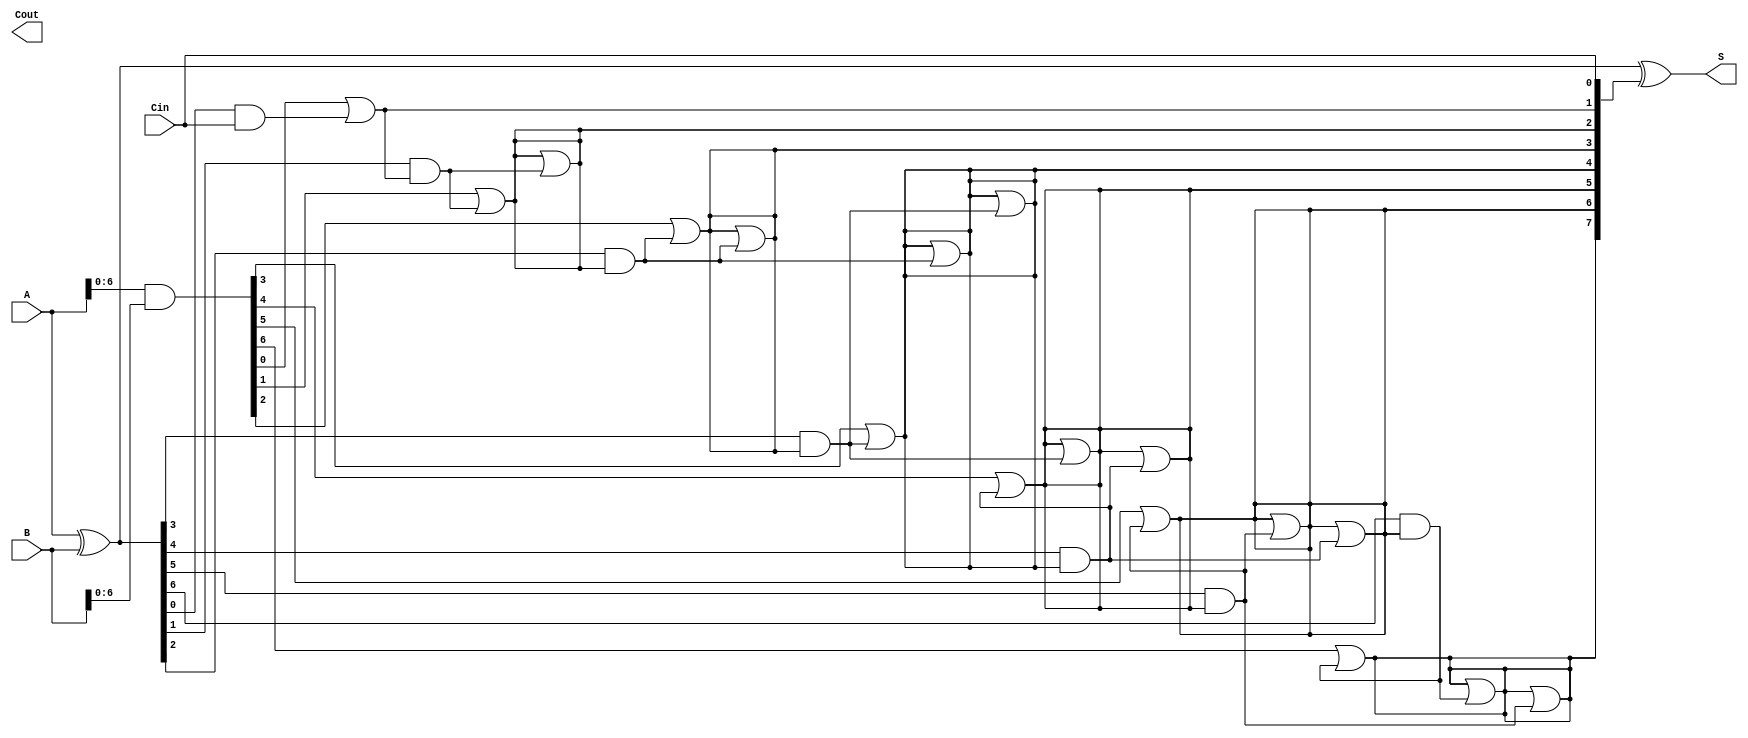
module KoggeStoneAdder #(parameter n = 8) (
    input [n-1:0] A,
    input [n-1:0] B,
    input Cin,
    output [n-1:0] S,
    output Cout
);

    // Generate and Propagate signals
    wire [n-1:0] G; // Generate
    wire [n-1:0] P; // Propagate
    wire [n:0] C;   // Carry

    // Generate and Propagate calculations
    assign G = A & B;          // Generate
    assign P = A ^ B;          // Propagate
    assign C[0] = Cin;         // Initial carry in

    // Carry generation using Kogge-Stone logic
    genvar i, j;
    generate
        // Level 1
        for (i = 0; i < n; i = i + 1) begin
            if (i > 0) begin
                assign C[i] = G[i-1] | (P[i-1] & C[i-1]);
            end
        end

        // Higher levels of carry generation
        for (j = 1; j < n; j = j + 1) begin : carry_levels
            for (i = 0; i < n; i = i + 1) begin
                if (i >= (1 << j)) begin
                    assign C[i] = C[i] | (P[i - (1 << (j-1))] & C[i - (1 << (j-1))]);
                end
            end
        end
    endgenerate

    // Sum calculation
    assign S = P ^ C[n-1:0]; // Sum bits

    // Carry out
    assign Cout = C[n];

endmodule